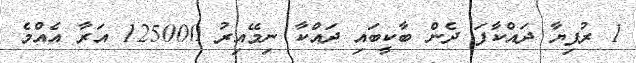
1 ރުފިޔާ ދައްކާފަ ދެން ބާކީބައި ދައްކާ ނިމޭއިރު 125000 އަރާ އެއްމެ